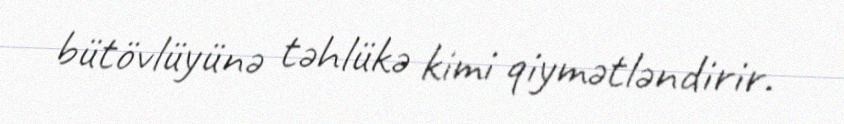
bütövlüyünə təhlükə kimi qiymətləndirir.